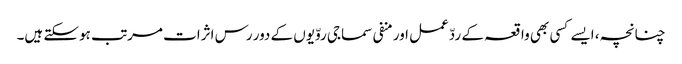
چنانچہ، ایسے کسی بھی واقعہ کے ردّعمل اور منفی سماجی روّیوں کے دور رس اثرات مرتب ہوسکتے ہیں۔